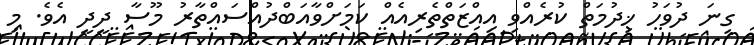
ގިނަ ދުވަހު ޚިދުމަތް ކުރެއްވި އިއްޒަތްތެރިއެއް ކަމަށްވާއަބްދުއްސައްތާރު މޫސާ ދީދީ އެވެ. މި